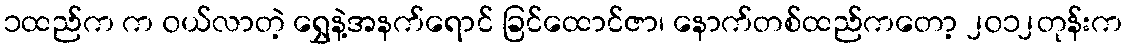
၁ထည်က က ၀ယ်လာတဲ့ ရွှေနဲ့အနက်ရောင် ခြင်ထောင်ဇာ၊ နောက်တစ်ထည်ကတော့ ၂၀၁၂တုန်းက